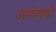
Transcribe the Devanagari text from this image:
आग्येयास्त्रों